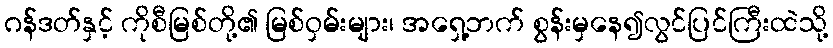
ဂန်ဒတ်နှင့် ကိုစီမြစ်တို့၏ မြစ်ဝှမ်းများ၊ အရှေ့ဘက် စွန်းမှနေ၍လွင်ပြင်ကြီးထဲသို့